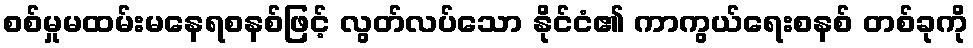
စစ်မှုမထမ်းမနေရစနစ်ဖြင့် လွတ်လပ်သော နိုင်ငံ၏ ကာကွယ်ရေးစနစ် တစ်ခုကို